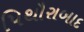
પિથૌરાબાદ